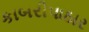
કાબરીપાઠાર